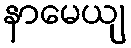
နာမေယျ